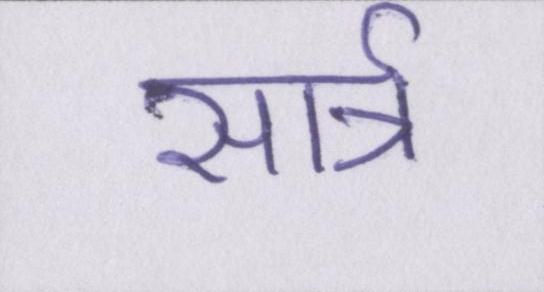
सार्त्र